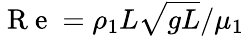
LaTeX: \mathrm{~R~e~}=\rho_{1}L\sqrt{gL}/\mu_{1}